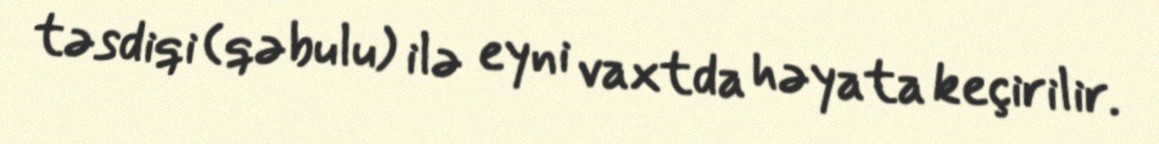
təsdiqi (qəbulu) ilə eyni vaxtda həyata keçirilir.